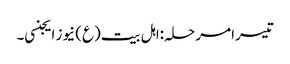
تیسرا مرحلہ:اہل بیت(ع) نیوز ایجنسی۔